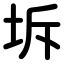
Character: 坼